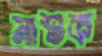
মাশুক